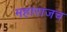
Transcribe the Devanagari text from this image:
महाराजच